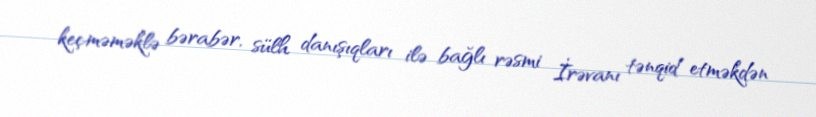
keçməməklə bərabər, sülh danışıqları ilə bağlı rəsmi İrəvanı tənqid etməkdən